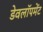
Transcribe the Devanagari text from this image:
डेवलॉपमेंट